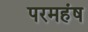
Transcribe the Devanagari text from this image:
परमहंष